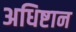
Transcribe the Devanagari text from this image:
अधिष्टान